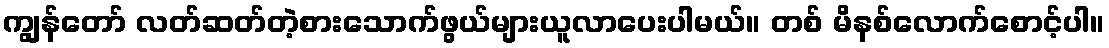
ကျွန်တော် လတ်ဆတ်တဲ့စားသောက်ဖွယ်များယူလာပေးပါမယ်။ တစ် မိနစ်လောက်စောင့်ပါ။